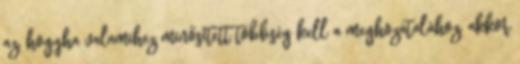
az, hogyha valamihez minősített többség kell a meghozatalához, akkor